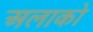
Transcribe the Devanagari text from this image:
अलाको